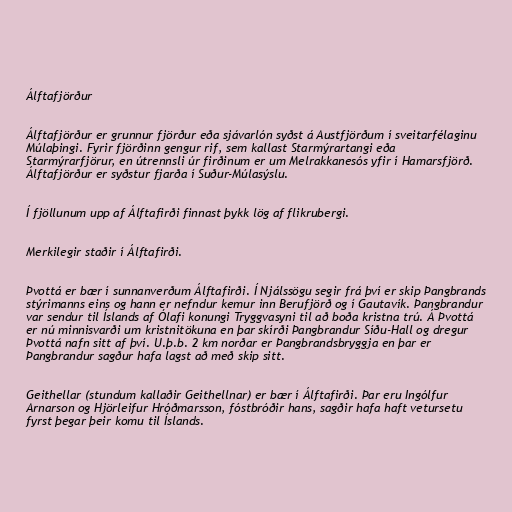
Álftafjörður

Álftafjörður er grunnur fjörður eða sjávarlón syðst á Austfjörðum í sveitarfélaginu
Múlaþingi. Fyrir fjörðinn gengur rif, sem kallast Starmýrartangi eða
Starmýrarfjörur, en útrennsli úr firðinum er um Melrakkanesós yfir í Hamarsfjörð.
Álftafjörður er syðstur fjarða í Suður-Múlasýslu.

Í fjöllunum upp af Álftafirði finnast þykk lög af flikrubergi.

Merkilegir staðir í Álftafirði.

Þvottá er bær í sunnanverðum Álftafirði. Í Njálssögu segir frá því er skip Þangbrands
stýrimanns eins og hann er nefndur kemur inn Berufjörð og í Gautavík. Þangbrandur
var sendur til Íslands af Ólafi konungi Tryggvasyni til að boða kristna trú. Á Þvottá
er nú minnisvarði um kristnitökuna en þar skírði Þangbrandur Síðu-Hall og dregur
Þvottá nafn sitt af því. U.þ.b. 2 km norðar er Þangbrandsbryggja en þar er
Þangbrandur sagður hafa lagst að með skip sitt.

Geithellar (stundum kallaðir Geithellnar) er bær í Álftafirði. Þar eru Ingólfur
Arnarson og Hjörleifur Hróðmarsson, fóstbróðir hans, sagðir hafa haft vetursetu
fyrst þegar þeir komu til Íslands.